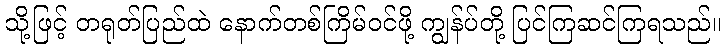
သို့ဖြင့် တရုတ်ပြည်ထဲ နောက်တစ်ကြိမ်ဝင်ဖို့ ကျွန်ပ်တို့ ပြင်ကြဆင်ကြရသည်။